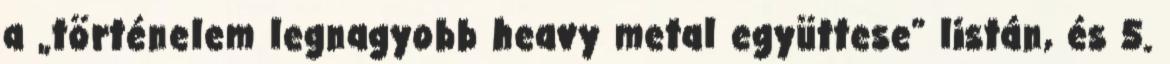
a „történelem legnagyobb heavy metal együttese” listán, és 5.